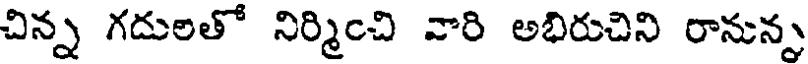
చిన్న గదులతో నిర్మించి వారి అభిరుచిని రానున్న